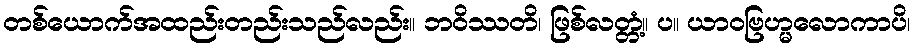
တစ်ယောက်အထည်းတည်းသည်လည်း။ ဘဝိဿတိ၊ ဖြစ်လတ္တံ့။ ပ။ ယာဝဗြဟ္မလောကာပိ၊